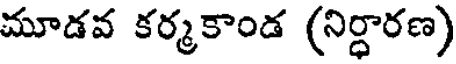
మూడవ కర్మకాండ (నిర్ధారణ)